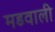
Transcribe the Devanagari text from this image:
मडवाली